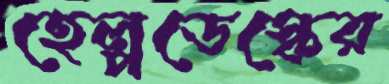
হেল্পডেস্কের